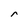
Character: r